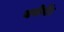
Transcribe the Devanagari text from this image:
बनेगें।